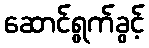
ဆောင်ရွက်ခွင့်